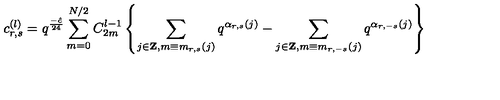
c _ { r , s } ^ { ( l ) } = q ^ { \frac { - \hat { c } } { 2 4 } } \sum _ { m = 0 } ^ { N / 2 } C _ { 2 m } ^ { l - 1 } \left\{ \sum _ { j \in { \bf Z } , m \equiv m _ { r , s } ( j ) } q ^ { \alpha _ { r , s } ( j ) } - \sum _ { j \in { \bf Z } , m \equiv m _ { r , - s } ( j ) } q ^ { \alpha _ { r , - s } ( j ) } \right\}